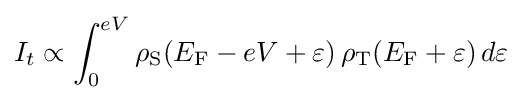
I_{t}\propto \int _{0}^{eV}\rho _{\text{S}}(E_{\text{F}}-eV+\varepsilon )\,\rho _{\text{T}}(E_{\text{F}}+\varepsilon )\,d\varepsilon